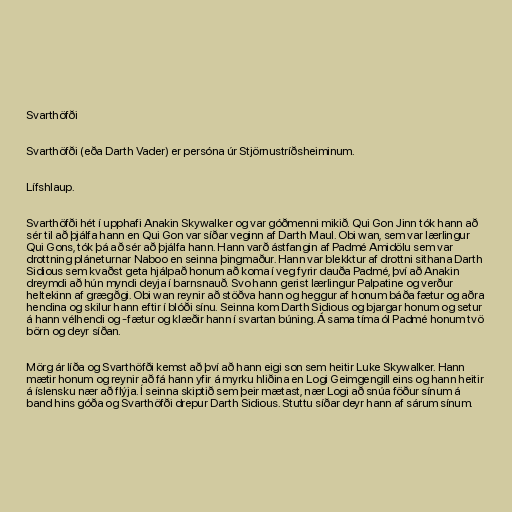
Svarthöfði

Svarthöfði (eða Darth Vader) er persóna úr Stjörnustríðsheiminum.

Lífshlaup.

Svarthöfði hét í upphafi Anakin Skywalker og var góðmenni mikið. Qui Gon Jinn tók hann að
sér til að þjálfa hann en Qui Gon var síðar veginn af Darth Maul. Obi wan, sem var lærlingur
Qui Gons, tók þá að sér að þjálfa hann. Hann varð ástfangin af Padmé Amidölu sem var
drottning pláneturnar Naboo en seinna þingmaður. Hann var blekktur af drottni sithana Darth
Sidious sem kvaðst geta hjálpað honum að koma í veg fyrir dauða Padmé, því að Anakin
dreymdi að hún myndi deyja í barnsnauð. Svo hann gerist lærlingur Palpatine og verður
heltekinn af grægðgi. Obi wan reynir að stöðva hann og heggur af honum báða fætur og aðra
hendina og skilur hann eftir í blóði sínu. Seinna kom Darth Sidious og bjargar honum og setur
á hann vélhendi og -fætur og klæðir hann í svartan búning. Á sama tíma ól Padmé honum tvö
börn og deyr síðan.

Mörg ár líða og Svarthöfði kemst að því að hann eigi son sem heitir Luke Skywalker. Hann
mætir honum og reynir að fá hann yfir á myrku hliðina en Logi Geimgengill eins og hann heitir
á íslensku nær að flýja. Í seinna skiptið sem þeir mætast, nær Logi að snúa föður sínum á
band hins góða og Svarthöfði drepur Darth Sidious. Stuttu síðar deyr hann af sárum sínum.